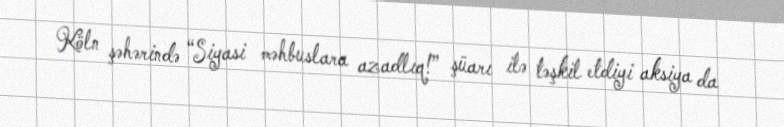
Köln şəhərində “Siyasi məhbuslara azadlıq!” şüarı ilə təşkil etdiyi aksiya da